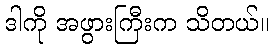
ဒါကို အဖွားကြီးက သိတယ်။